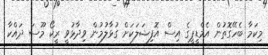
މިކަމާ ބެހޭގޮތުން އެމްޑީޕީގެ އިސް އޮފިޝަލަކަށް ގުޅާލުމުން ވިދާޅުވީ ރީކޯ މޫސަ ދައްކާ